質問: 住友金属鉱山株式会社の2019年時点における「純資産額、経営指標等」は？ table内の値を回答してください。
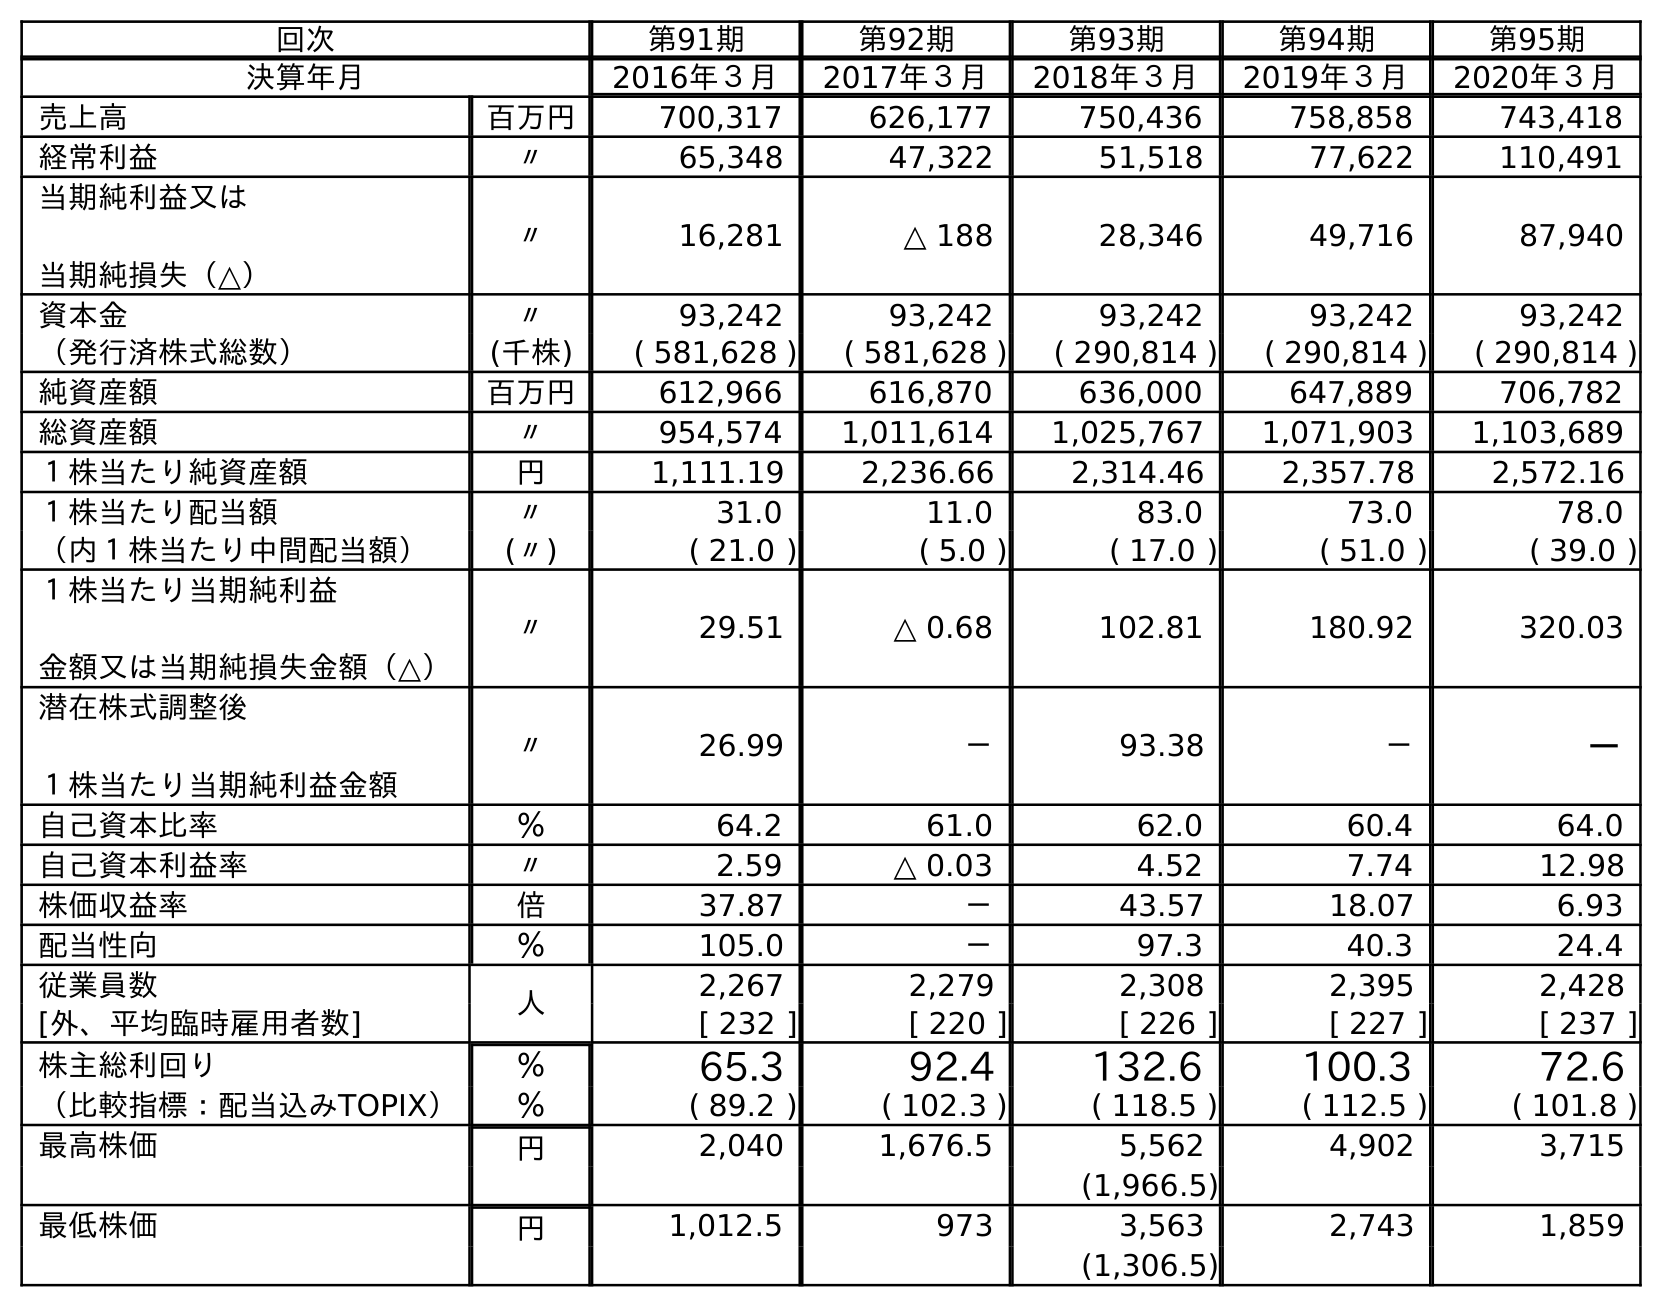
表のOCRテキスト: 回次 第91期 第92期 第93期 第94期 第95期 決算年月 2016年３月 2017年３月 2018年３月 2019年３月 2020年３月 売上高 百万円 700,317 626,177 750,436 758,858 743,418 経常利益 〃 65,348 47,322 51,518 77,622 110,491 当期純利益又は 当期純損失（△） 〃 16,281 △ 188 28,346 49,716 87,940 資本金 〃 93,242 93,242 93,242 93,242 93,242 （発行済株式総数） (千株) ( 581,628 ) ( 581,628 ) ( 290,814 ) ( 290,814 ) ( 290,814 ) 純資産額 百万円 612,966 616,870 636,000 647,889 706,782 総資産額 〃 954,574 1,011,614 1,025,767 1,071,903 1,103,689 １株当たり純資産額 円 1,111.19 2,236.66 2,314.46 2,357.78 2,572.16 １株当たり配当額 〃 31.0 11.0 83.0 73.0 78.0 （内１株当たり中間配当額） (〃) ( 21.0 ) ( 5.0 ) ( 17.0 ) ( 51.0 ) ( 39.0 ) １株当たり当期純利益 金額又は当期純損失金額（△） 〃 29.51 △ 0.68 102.81 180.92 320.03 潜在株式調整後 １株当たり当期純利益金額 〃 26.99 － 93.38 － － 自己資本比率 ％ 64.2 61.0 62.0 60.4 64.0 自己資本利益率 〃 2.59 △ 0.03 4.52 7.74 12.98 株価収益率 倍 37.87 － 43.57 18.07 6.93 配当性向 ％ 105.0 － 97.3 40.3 24.4 従業員数 人 2,267 2,279 2,308 2,395 2,428 [外、平均臨時雇用者数] [ 232 ] [ 220 ] [ 226 ] [ 227 ] [ 237 ] 株主総利回り ％ 65.3 92.4 132.6 100.3 72.6 （比較指標：配当込みTOPIX） ％ ( 89.2 ) ( 102.3 ) ( 118.5 ) ( 112.5 ) ( 101.8 ) 最高株価 円 2,040 1,676.5 5,562 4,902 3,715 (1,966.5) 最低株価 円 1,012.5 973 3,563 2,743 1,859 (1,306.5)
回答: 647,889